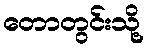
တောတွင်းသို့